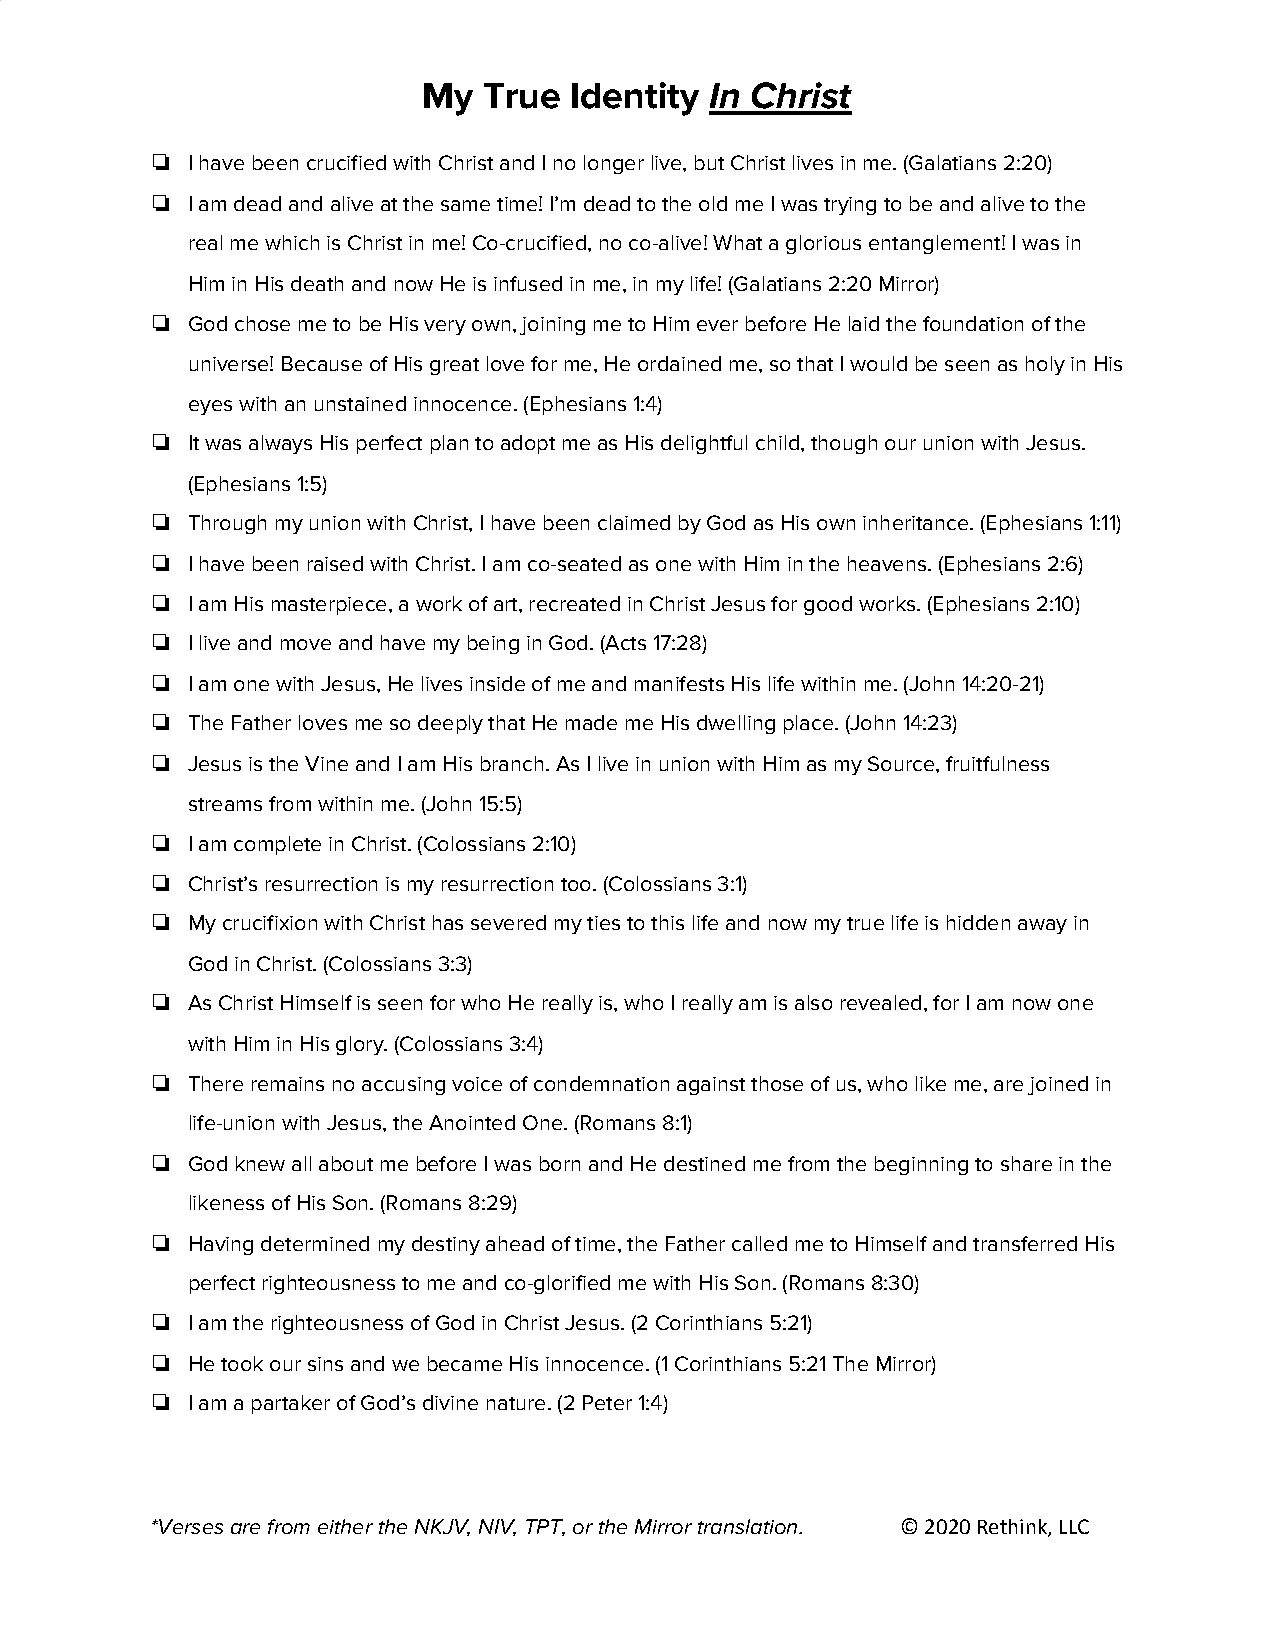
My  True  Identity In Christ
 ​
 ❏ I have been crucified with Christ and I no longer live, but Christ lives in me. (Galatians 2:20)
 ❏ I am dead and alive at the same time! I’m dead to the old me I was trying to be and alive to the
 real me which is Christ in me! Co-crucified, no co-alive! What a glorious entanglement! I was in
 Him in His death and now He is infused in me, in my life! (Galatians 2:20 Mirror)
 ❏ God chose me to be His very own, joining me to Him ever before He laid the foundation of the
 universe! Because of His great love for me, He ordained me, so that I would be seen as holy in His
 eyes with an unstained innocence. (Ephesians 1:4)
 ❏ It was always His perfect plan to adopt me as His delightful child, though our union with Jesus.
 (Ephesians 1:5)
 ❏ Through my union with Christ, I have been claimed by God as His own inheritance. (Ephesians 1:11)
 ❏ I have been raised with Christ. I am co-seated as one with Him in the heavens. (Ephesians 2:6)
 ❏ I am His masterpiece, a work of art, recreated in Christ Jesus for good works. (Ephesians 2:10)
 ❏ I live and move and have my being in God. (Acts 17:28)
 ❏ I am one with Jesus, He lives inside of me and manifests His life within me. (John 14:20-21)
 ❏ The Father loves me so deeply that He made me His dwelling place. (John 14:23)
 ❏ Jesus is the Vine and I am His branch. As I live in union with Him as my Source, fruitfulness
 streams from within me. (John 15:5)
 ❏ I am complete in Christ. (Colossians 2:10)
 ❏ Christ’s resurrection is my resurrection too. (Colossians 3:1)
 ❏ My crucifixion with Christ has severed my ties to this life and now my true life is hidden away in
 God in Christ. (Colossians 3:3)
 ❏ As Christ Himself is seen for who He really is, who I really am is also revealed, for I am now one
 with Him in His glory. (Colossians 3:4)
 ❏ There remains no accusing voice of condemnation against those of us, who like me, are joined in
 life-union with Jesus, the Anointed One. (Romans 8:1)
 ❏ God knew all about me before I was born and He destined me from the beginning to share in the
 likeness of His Son. (Romans 8:29)
 ❏ Having determined my destiny ahead of time, the Father called me to Himself and transferred His
 perfect righteousness to me and co-glorified me with His Son. (Romans 8:30)
 ❏ I am the righteousness of God in Christ Jesus. (2 Corinthians 5:21)
 ❏ He took our sins and we became His innocence. (1 Corinthians 5:21 The Mirror)
 ❏ I am a partaker of God’s divine nature. (2 Peter 1:4)
 *Verses are from either the NKJV, NIV, TPT, or the Mirror translation. © 2020 Rethink, LLC